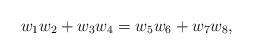
LaTeX: \begin{align*}w_1w_2 + w_3w_4 = w_5w_6 + w_7w_8,\end{align*}